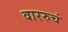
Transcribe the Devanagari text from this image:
वाररुचं